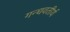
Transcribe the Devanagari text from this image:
गन्धवतीर्थ